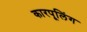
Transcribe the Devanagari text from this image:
कारपूलिंग